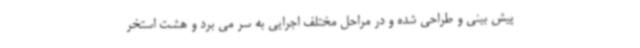
پیش بینی و طراحی شده و در مراحل مختلف اجرایی به سر می برد و هشت استخر